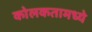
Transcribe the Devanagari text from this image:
कोलकतामध्ये